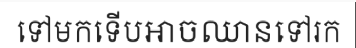
ទៅមកទើបអាចឈានទៅរក